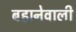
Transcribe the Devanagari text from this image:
बहानेवाली